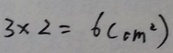
3 \times 2 = 6 ( c m ^ { 2 } )